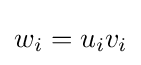
w_{i}=u_{i}v_{i}